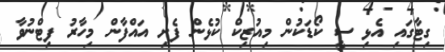
ގިޓާގައި އެޅި ސީ ކޯޑަކުން މިއުޒިކް ކުޅެން ފެށި އައްފާން މިހާރު ފިޓްނުވާ